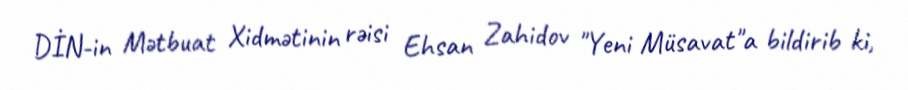
DİN-in Mətbuat Xidmətinin rəisi Ehsan Zahidov "Yeni Müsavat"a bildirib ki,